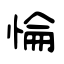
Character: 惀